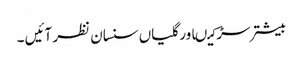
بیشتر سڑکیںاور گلیاں سنسان نظر آئیں ۔